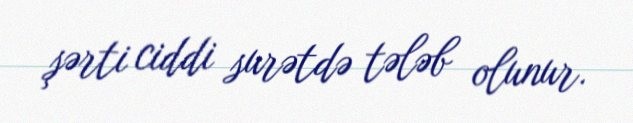
şərti ciddi surətdə tələb olunur.